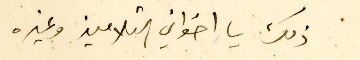
ذلك يا اخواني التلاميذ وغيره